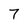
Character: 7